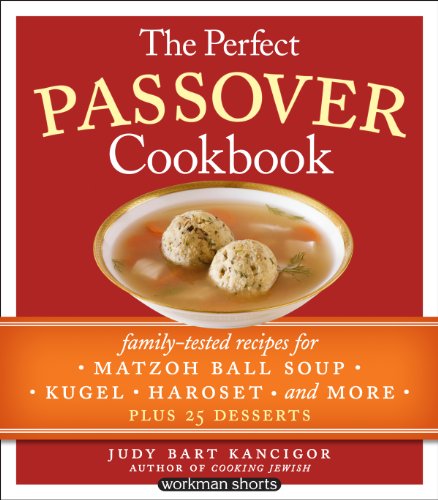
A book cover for The Perfect Passover Cookbook: Family-Tested Recipes for Matzoh Ball Soup, Kugel, Haroset, and More, Plus 25 Desserts; Judy Bart Kancigor; Cookbooks, Food & Wine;